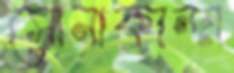
সোনাকান্দা